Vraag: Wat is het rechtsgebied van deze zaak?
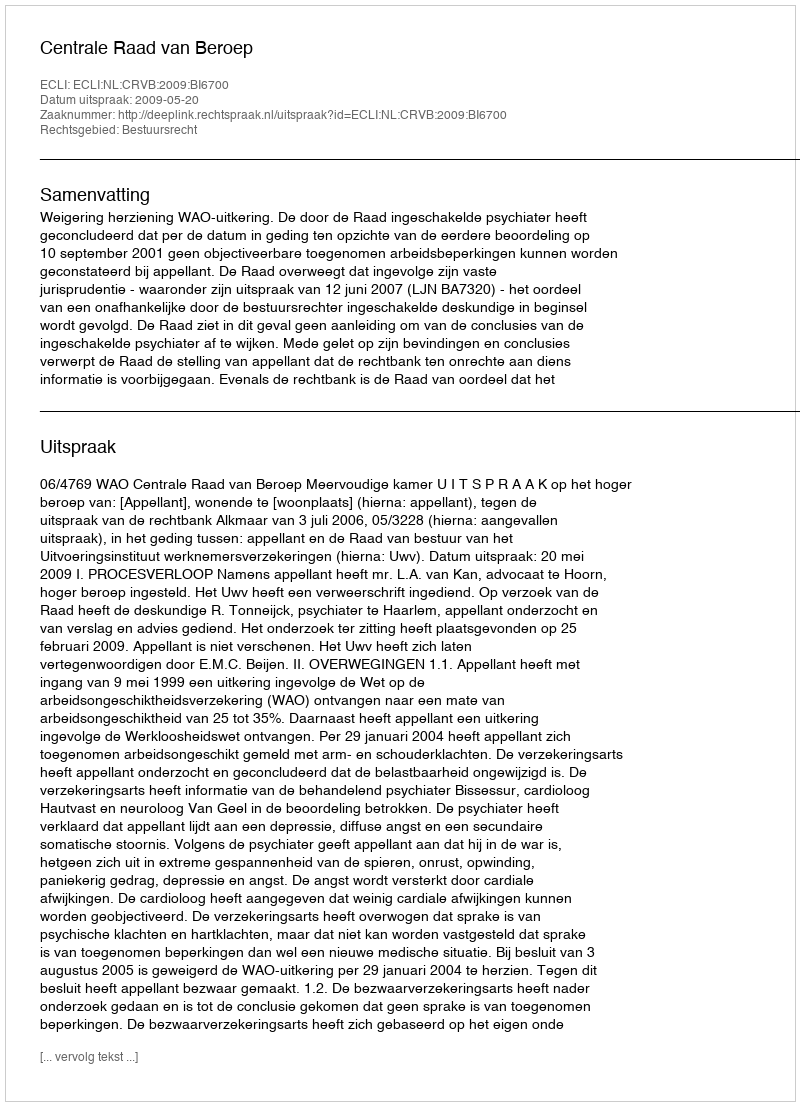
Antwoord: Bestuursrecht